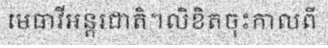
មេធាវីអន្តរជាតិ។លិខិតចុះកាលពី